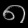
Digit: ၈